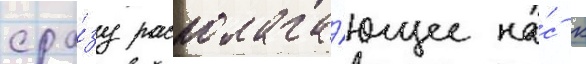
сра́зу располага́ющее на́с к